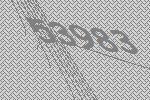
53983